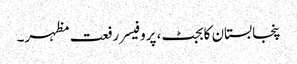
پنجابستان کابجٹ، پروفیسر رفعت مظہر۔